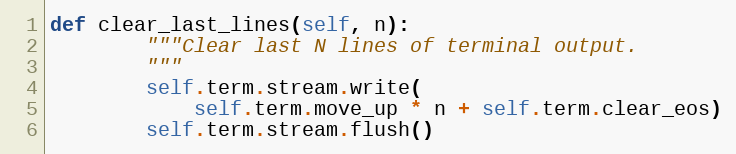
Language: Python
def clear_last_lines(self, n):
        """Clear last N lines of terminal output.
        """
        self.term.stream.write(
            self.term.move_up * n + self.term.clear_eos)
        self.term.stream.flush()